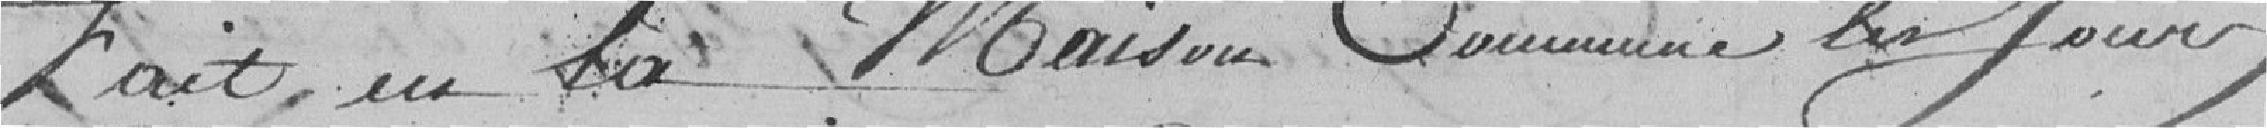
Fait en la Maison Commune ce jour,